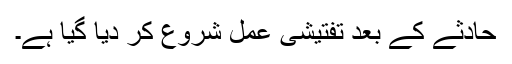
حادثے کے بعد تفتیشی عمل شروع کر دیا گیا ہے۔